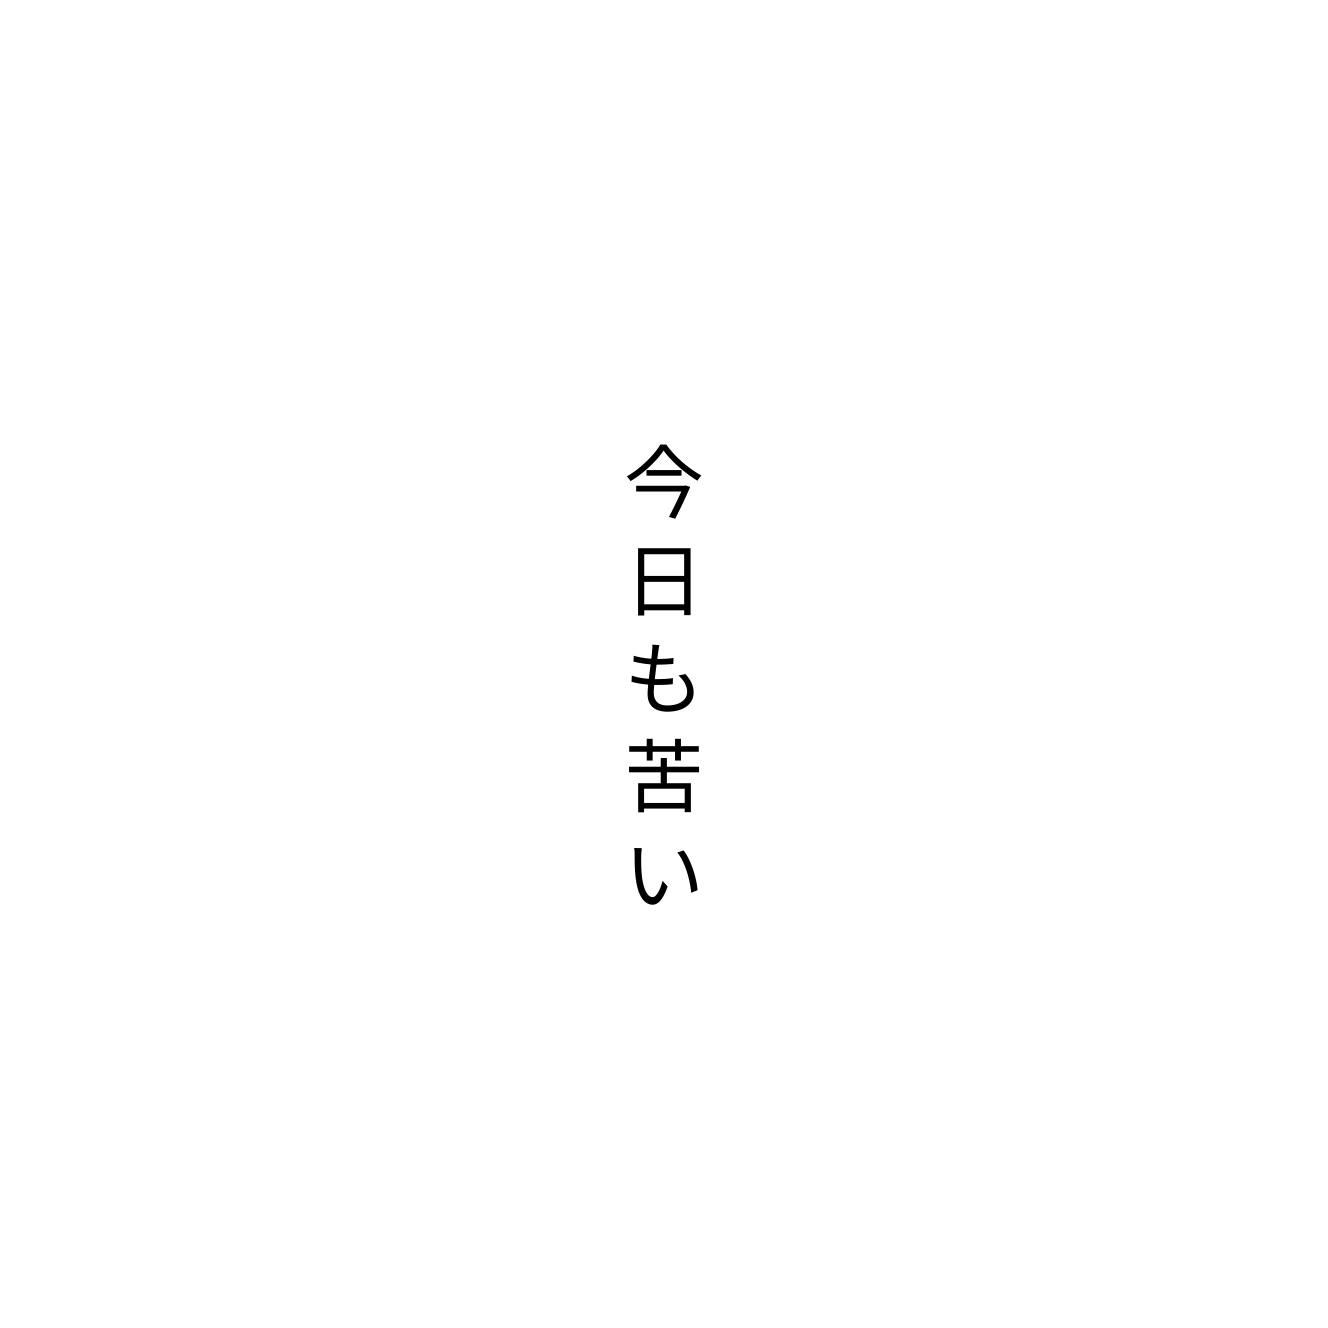
今日も苦い